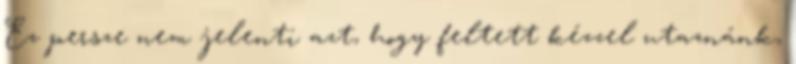
Ez persze nem jelenti azt, hogy feltett kézzel utaznánk,